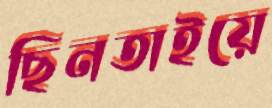
ছিনতাইয়ে